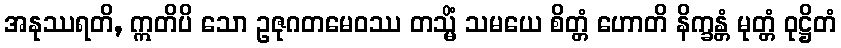
အနုဿရတိ, ဣတိပိ သော ဥဇုဂတမေဝဿ တသ္မိံ သမယေ စိတ္တံ ဟောတိ နိက္ခန္တံ မုတ္တံ ဝုဋ္ဌိတံ